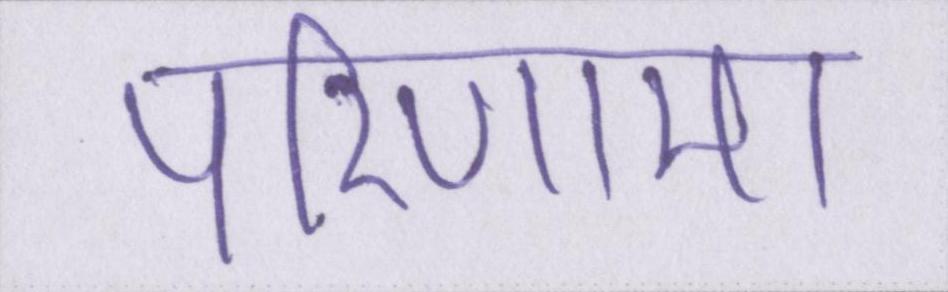
परिणाम।